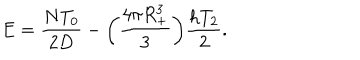
E = \frac { N T _ { 0 } } { 2 D } - \bigg ( \frac { 4 \pi R _ { + } ^ { 3 } } { 3 } \bigg ) \frac { h T _ { 2 } } { 2 } .